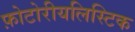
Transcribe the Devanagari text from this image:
फ़ोटोरीयलिस्टिक